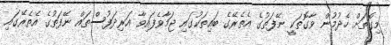
މިގޮތަށް ހެދުމުން ވާގޮތަކީ ނޭފަތުގެ އެތެރޭގެ ބައިތަކުގައި ޖަމާވެފައިވާ އަރިދަފުސްތައް ނޭފަތުގެ އެތެރޭގައި